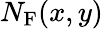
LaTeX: N_{\textrm{F}}(x,y)